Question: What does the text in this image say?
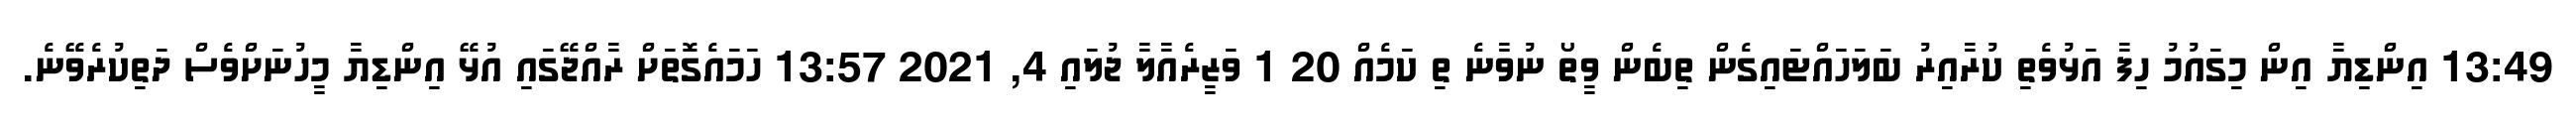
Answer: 13:49 އިންޑިޔާ އިން މިގައުމު ހިފާ އަޅުވެތި ކުރާއިރު ބަލަހައްޓައިގެން ތިބެން ވީތޯ ނުވާނެ ތި ކަމެއް 20 1 ވަޒީރެއާލާ ޖުލައި 4, 2021 13:57 ހަމައެގޮތަށް ރާއްޖޭގައި އުޅޭ އިންޑިޔާ މީހުނަށްވެސް ދަތިކުރެވޭނެ.